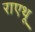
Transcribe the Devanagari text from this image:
राएथू